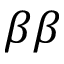
\beta \beta